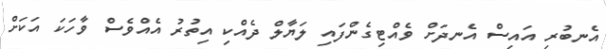
އެނބުރި އައިސް އެނދަށް ވެއްޓިގެންފައި ލަޔާލް ދެއްކި އިތުރު އެއްވެސް ވާހަކަ އަކަށް